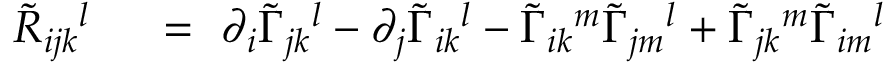
\begin{array} { r l } { \tilde { R } _ { i j k } { } ^ { l } \ } & { { } = \ \partial _ { i } \tilde { \Gamma } _ { j k } { } ^ { l } - \partial _ { j } \tilde { \Gamma } _ { i k } { } ^ { l } - \tilde { \Gamma } _ { i k } { } ^ { m } \tilde { \Gamma } _ { j m } { } ^ { l } + \tilde { \Gamma } _ { j k } { } ^ { m } \tilde { \Gamma } _ { i m } { } ^ { l } } \end{array}